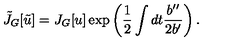
\tilde { J } _ { G } [ \tilde { u } ] = J _ { G } [ u ] \exp \left( \frac { 1 } { 2 } \int d t \frac { b ^ { \prime \prime } } { 2 b ^ { \prime } } \right) .